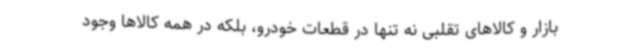
بازار و کالاهای تقلبی نه تنها در قطعات خودرو، بلکه در همه کالاها وجود